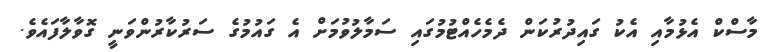
މާސްކް އެޅުމާއި އެކު ގައިދުރުކަން ދެމެހެއްޓުމުގައި ސަމާލުވުމަށް އެ ގައުމުގެ ސަރުކާރުންވަނީ ގޮވާލާފައެވެ.